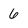
Character: 6